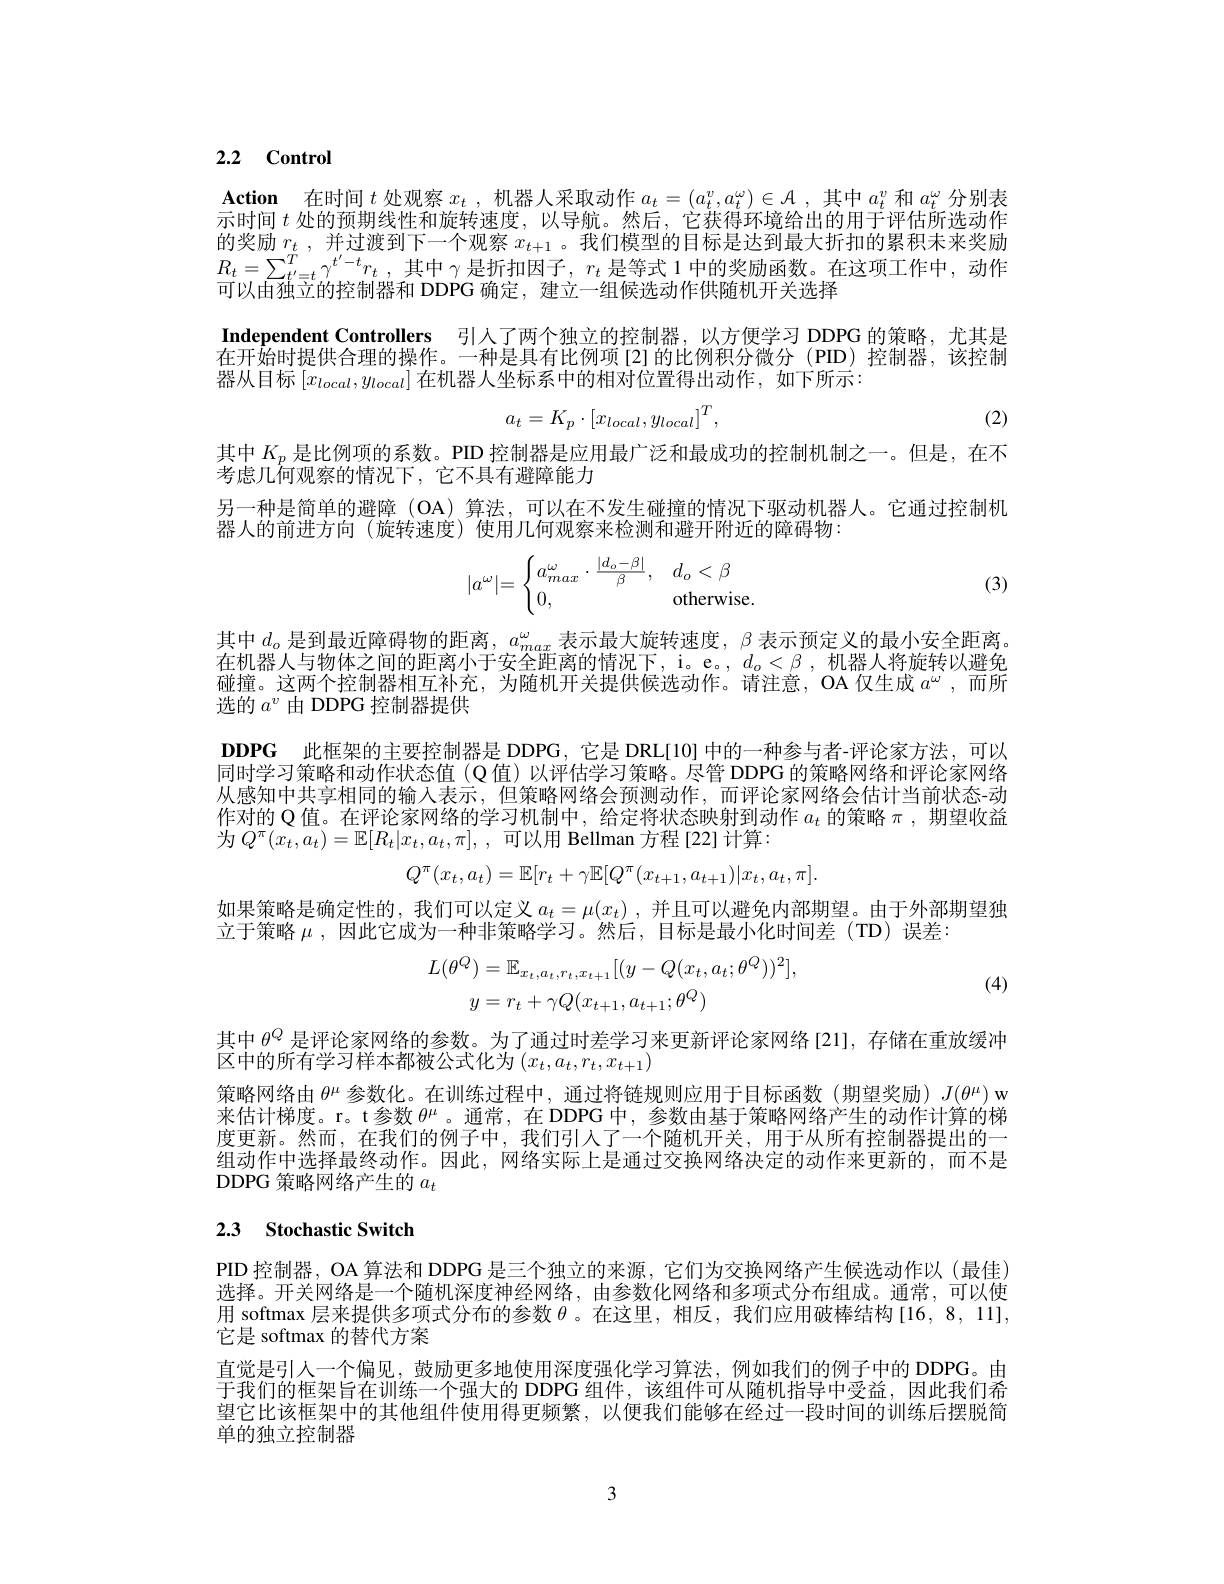
## 2.2 Control

$\textbf{Action}$ 在时间$t$处观察$x_t$ ,机器人采取动作$a_t=(a_t^v,a_t^\omega)\in\mathcal{A}$ ,其中$a_t^v$和$a_t^\omega$分别表示时间$t$处的预期线性和旋转速度，以导航。然后，它获得环境给出的用于评估所选动作的奖励$r_t$ ,并过渡到下一个观察$x_{t+1}$ 。我们模型的目标是达到最大折扣的累积未来奖励$R_{t}= \sum _{t^{\prime }= t}^{T}\gamma ^{t^{\prime }- t}r_{t}$ ,其中$\gamma$是折扣因子，$r_t$是等式 1 中的奖励函数。在这项工作中，动作可以由独立的控制器和 DDPG 确定，建立一组候选动作供随机开关选择

Independent Controllers 引入了两个独立的控制器，以方便学习 DDPG 的策略，尤其是在开始时提供合理的操作。一种是具有比例项[2]的比例积分微分(PID)控制器，该控制器从目标$[x_{local},y_{local}]$在机器人坐标系中的相对位置得出动作，如下所示：
$$a_t=K_p\cdot[x_{local},y_{local}]^T,$$
(2)

其中$K_p$是比例项的系数。PID 控制器是应用最广泛和最成功的控制机制之一。但是，在不
考虑几何观察的情况下，它不具有避障能力
另一种是简单的避障 (OA) 算法，可以在不发生碰撞的情况下驱动机器人。它通过控制机
器人的前进方向(旋转速度)使用几何观察来检测和避开附近的障碍物：
$$|a^\omega|=\begin{cases}a_{max}^\omega\cdot\frac{|d_o-\beta|}{\beta},&d_o<\beta\\0,&\text{otherwise.}\end{cases}$$
(3)

其中$d_o$是到最近障碍物的距离，$a_max^\omega$表示最大旋转速度，$\beta$表示预定义的最小安全距离。在机器人与物体之间的距离小于安全距离的情况下，i。e。, $d_o<\beta$ ,机器人将旋转以避免碰撞。这两个控制器相互补充，为随机开关提供候选动作。请注意，OA 仅生成$a^\omega$ , 而 所 选的$a^v$由 DDPG 控制器提供

$\mathbf{DDPG}$ 此框架的主要控制器是 DDPG,它是 DRL[10]中的一种参与者-评论家方法，可以同时学习策略和动作状态值 (Q 值)以评估学习策略。尽管 DDPG 的策略网络和评论家网络

从感知中共享相同的输人表示，但策略网络会预测动作，而评论家网络会估计当前状态-动作对的 Q 值。在评论家网络的学习机制中，给定将状态映射到动作$a_t$的策略$\pi$,期望收益为 $Q^{\pi }( x_{t}, a_{t}) = \mathbb{E} [ R_{t}| x_{t}, a_{t}, \pi ] $, , 可以用 Bellman 方程[22]计算：
$$Q^\pi(x_t,a_t)=\mathbb{E}[r_t+\gamma\mathbb{E}[Q^\pi(x_{t+1},a_{t+1})|x_t,a_t,\pi].$$
如果策略是确定性的，我们可以定义$a_t=\mu(x_t)$ ,并且可以避免内部期望。由于外部期望独
立于策略$\mu$,因此它成为一种非策略学习。然后，目标是最小化时间差(TD)误差：

(4)
$$\begin{aligned}L(\theta^{Q})&=\mathbb{E}_{x_{t},a_{t},r_{t},x_{t+1}}[(y-Q(x_{t},a_{t};\theta^{Q}))^{2}],\\y&=r_{t}+\gamma Q(x_{t+1},a_{t+1};\theta^{Q})\end{aligned}$$
其中$\theta^{Q}$是评论家网络的参数。为了通过时差学习来更新评论家网络[21],存储在重放缓冲
区中的所有学习样本都被公式化为$\left(x_t,a_t,r_t,x_{t+1}\right)$
策略网络由$\theta^\mu$参数化。在训练过程中，通过将链规则应用于目标函数(期望奖励) $J(\theta^\mu)$ w 来估计梯度。r。t参数$\theta^\mu$。通常，在 DDPG 中，参数由基于策略网络产生的动作计算的梯度更新。然而，在我们的例子中，我们引人了一个随机开关，用于从所有控制器提出的一组动作中选择最终动作。因此，网络实际上是通过交换网络决定的动作来更新的，而不是${\mathrm{DDPG~}}$策略网络产生的 $a_t$

## 2.3 Stochastic Switch

PID 控制器，OA 算法和 DDPG 是三个独立的来源，它们为交换网络产生候选动作以 (最佳) 选择。开关网络是一个随机深度神经网络，由参数化网络和多项式分布组成。通常，可以使用 softmax 层来提供多项式分布的参数$\theta$ 。在这里，相反，我们应用破棒结构[16,8,11], 它是 softmax 的替代方案
直觉是引人一个偏见，鼓励更多地使用深度强化学习算法，例如我们的例子中的 DDPG。由于我们的框架旨在训练一个强大的 DDPG 组件，该组件可从随机指导中受益，因此我们希望它比该框架中的其他组件使用得更频繁，以便我们能够在经过一段时间的训练后摆脱简单的独立控制器

3